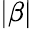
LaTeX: \vert\beta\vert